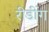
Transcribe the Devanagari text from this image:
रीडींग